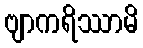
ဗျာကရိဿာမိ